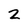
Character: 2